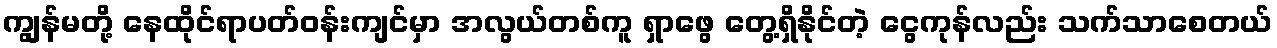
ကျွန်မတို့ နေထိုင်ရာပတ်ဝန်းကျင်မှာ အလွယ်တစ်ကူ ရှာဖွေ တွေ့ရှိနိုင်တဲ့ ငွေကုန်လည်း သက်သာစေတယ်